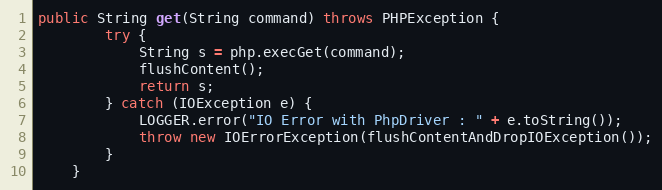
Language: Java
public String get(String command) throws PHPException {
		try {
			String s = php.execGet(command);
			flushContent();
			return s;
		} catch (IOException e) {
			LOGGER.error("IO Error with PhpDriver : " + e.toString());
			throw new IOErrorException(flushContentAndDropIOException());
		}
	}